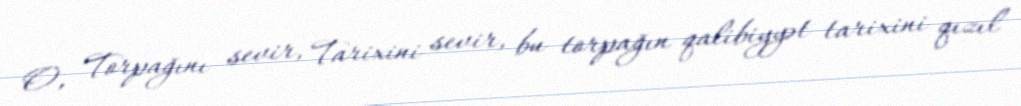
O, Torpağını sevir, Tarixini sevir, bu torpağın qalibiyyət tarixini qızıl